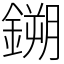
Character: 鎙